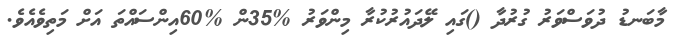
މާބަނޑު ދުވަސްވަރު ގުރުދާ ()ގައި ލޭދައުރުކުރާ މިންވަރު %35ން %60އިންސައްތަ އަށް މަތިވެއެވެ.